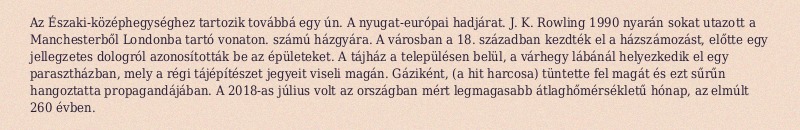
Az Északi-középhegységhez tartozik továbbá egy ún. A nyugat-európai hadjárat. J. K. Rowling 1990 nyarán sokat utazott a Manchesterből Londonba tartó vonaton. számú házgyára. A városban a 18. században kezdték el a házszámozást, előtte egy jellegzetes dologról azonosították be az épületeket. A tájház a településen belül, a várhegy lábánál helyezkedik el egy parasztházban, mely a régi tájépítészet jegyeit viseli magán. Gáziként, (a hit harcosa) tüntette fel magát és ezt sűrűn hangoztatta propagandájában. A 2018-as július volt az országban mért legmagasabb átlaghőmérsékletű hónap, az elmúlt 260 évben.